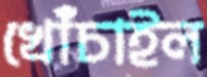
খোঁচাইল